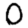
Digit: 0